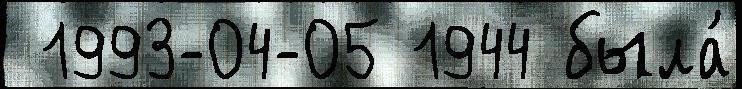
 1993-04-05 1944 была́